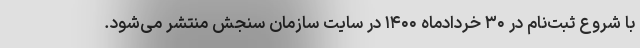
با شروع ثبت‌نام در ۳۰ خردادماه ۱۴۰۰ در سایت سازمان سنجش منتشر می‌شود.